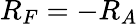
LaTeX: R_{F}=-R_{A}